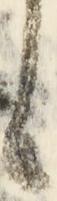
も